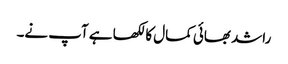
راشد بھائی کمال کا لکھا ہے آپ نے۔